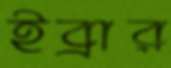
ইব্রার